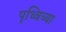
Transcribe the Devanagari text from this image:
पृथ्विच्या